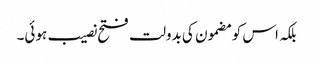
بلکہ اس کو مضمون کی بدولت فتح نصیب ہوئی۔